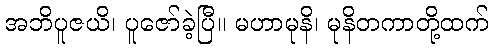
အဘိပူဇယိ၊ ပူဇော်ခဲ့ပြီ။ မဟာမုနိ၊ မုနိတကာတို့ထက်